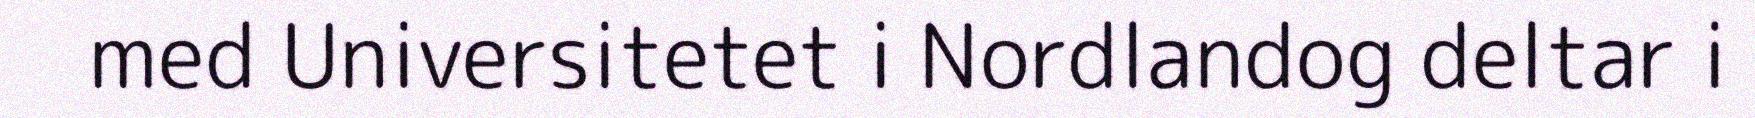
med Universitetet i Nordlandog deltar i